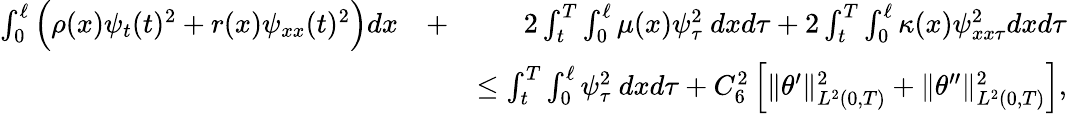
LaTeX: \begin{array}{rlr}{\int_{0}^{\ell}\Big(\rho(x)\psi_{t}(t)^{2}+r(x)\psi_{xx}(t)^{2}\Big)dx}&{+}&{2\int_{t}^{T}\int_{0}^{\ell}\mu(x)\psi_{\tau}^{2}\ dxd\tau+2\int_{t}^{T}\int_{0}^{\ell}\kappa(x)\psi_{xx\tau}^{2}dxd\tau}\\ &{}&{\leq\int_{t}^{T}\int_{0}^{\ell}\psi_{\tau}^{2}\ dxd\tau+C_{6}^{2}\left[\Vert\theta^{\prime}\Vert_{L^{2}(0,T)}^{2}+\Vert\theta^{\prime\prime}\Vert_{L^{2}(0,T)}^{2}\right],}\end{array}